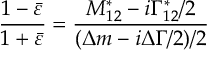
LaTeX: \frac { 1 - \bar { \varepsilon } } { 1 + \bar { \varepsilon } } = \frac { M _ { 1 2 } ^ { * } - i \Gamma _ { 1 2 } ^ { * } / 2 } { ( \Delta m - i \Delta \Gamma / 2 ) / 2 }